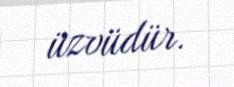
üzvüdür.